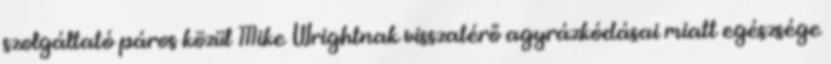
szolgáltató páros közül Mike Wrightnak visszatérő agyrázkódásai miatt egészsége